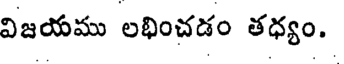
విజయము లభించడం తధ్యం.